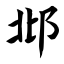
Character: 邶